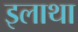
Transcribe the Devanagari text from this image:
इलाथा